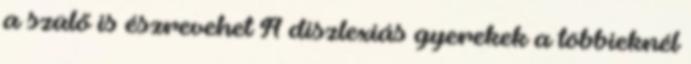
a szülő is észrevehet A diszlexiás gyerekek a többieknél